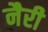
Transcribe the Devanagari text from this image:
नैरी